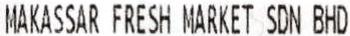
MAKASSAR FRESH MARKET SDN BHD